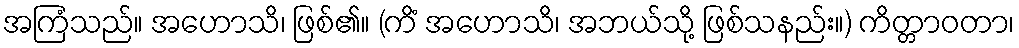
အကြံသည်။ အဟောသိ၊ ဖြစ်၏။ (ကိံ အဟောသိ၊ အဘယ်သို့ ဖြစ်သနည်း။) ကိတ္တာဝတာ၊